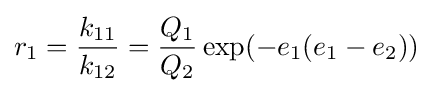
r_{1}={\frac {k_{11}}{k_{12}}}={\frac {Q_{1}}{Q_{2}}}\exp(-e_{1}(e_{1}-e_{2}))